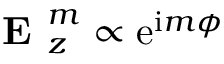
\textbf { E } _ { z } ^ { m } \propto \mathrm { e } ^ { \mathrm { i } m \phi }